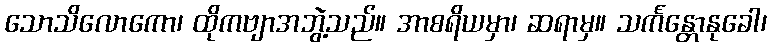
သောသိလောကော၊ ထိုကဗျာအဘွဲ့သည်။ အာစရိယမှာ၊ ဆရာမှ။ သင်္ကန္တောနုခေါ၊